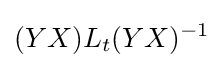
(YX)L_{t}(YX)^{-1}